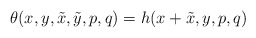
\begin{align*}\theta (x, y, \tilde x, \tilde y, p, q) = h (x + \tilde x, y, p, q)\end{align*}